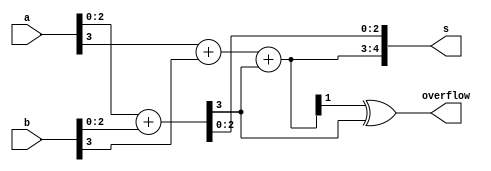
module top_module (
    input [3:0] a,
    input [3:0] b,
    output [4:0] s,
    output overflow
); 

 wire c_in,s2,c_out;
 wire [2:0] sum;
 assign {c_in,sum} = a[2:0]+b[2:0];
 assign {c_out,s2}= a[3]+b[3]+c_in;
 assign s={c_out,s2,sum};
 assign overflow = c_out ^ c_in;

endmodule